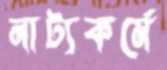
নাট্যকর্মে